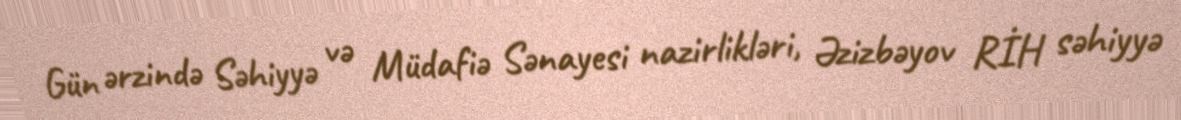
Gün ərzində Səhiyyə və Müdafiə Sənayesi nazirlikləri, Əzizbəyov RİH səhiyyə